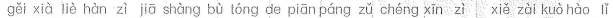
gěi xià lìè hàn zì jā shàng bù tóng de piān páng zǔ chéng xīn zì xiě zài kuò hào lǐ